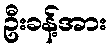
ဦးခန့်အား